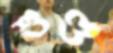
শুণ্ড